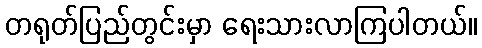
တရုတ်ပြည်တွင်းမှာ ရေးသားလာကြပါတယ်။